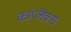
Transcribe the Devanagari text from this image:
कांप्लैक्स